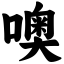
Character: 噢